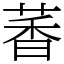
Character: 萫